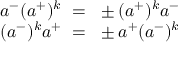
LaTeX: \begin{array} { c } { { a ^ { - } ( a ^ { + } ) ^ { k } ~ = ~ \pm ( a ^ { + } ) ^ { k } a ^ { - } } } \\ { { ( a ^ { - } ) ^ { k } a ^ { + } ~ = ~ \pm a ^ { + } ( a ^ { - } ) ^ { k } } } \end{array}